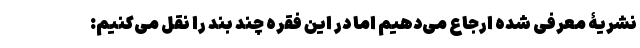
نشریۀ معرفی شده ارجاع می‌دهیم اما در این فقره چند بند را نقل می‌کنیم: